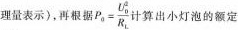
理量表示)，再根据$$P _ { 0 } = \frac { U _ { 0 } ^ { 2 } } { R _ { L } }$$ 算出小灯泡的额定